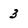
Character: 3